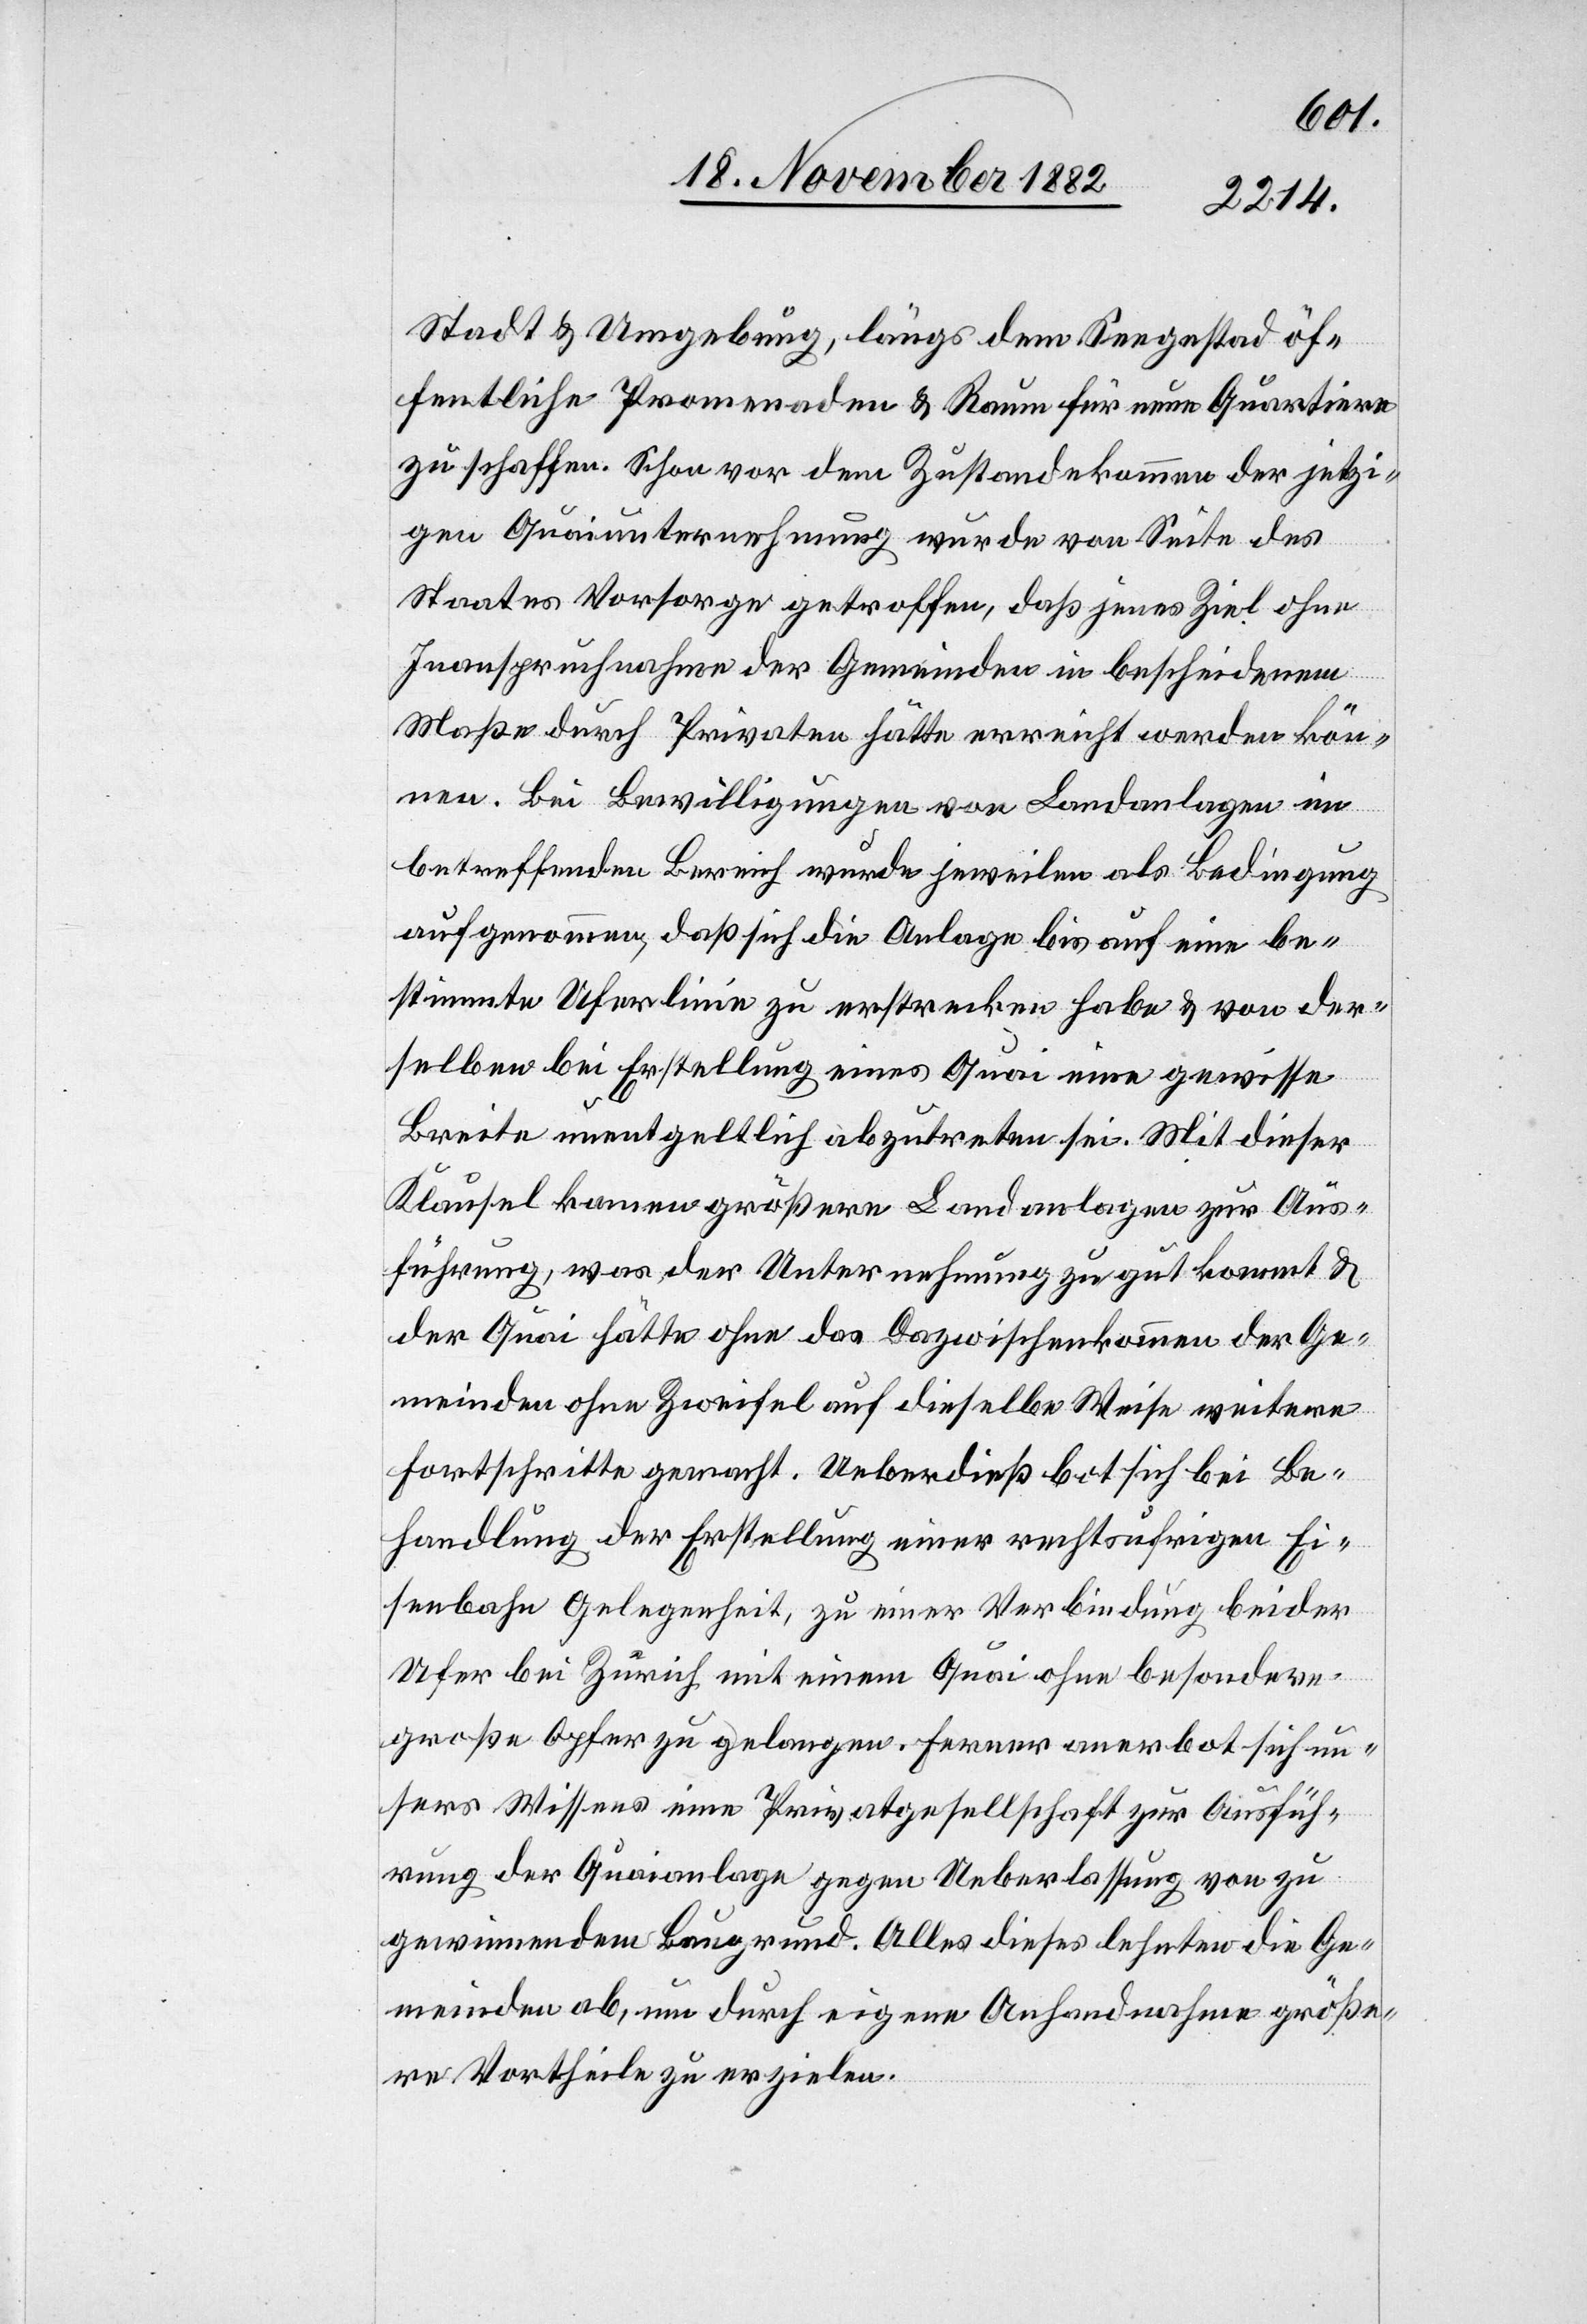
Stadt & Umgebung, längs dem Seegestad öf¬
fentliche Promenaden & Raum für neue Quartiere
zu schaffen. Schon vor dem Zustandekommen der jetzi¬
gen Quaiunternehmung wurde von Seite des
Staates Vorsorge getroffen, daß jenes Ziel ohne
Inanspruchnahme der Gemeinden in bescheidenem
Maße durch Privaten [sic!] hätte erreicht werden kön¬
nen. Bei Bewilligungen von Landanlagen im
betreffenden Bereich wurde jeweilen als Bedingung
aufgenommen, daß sich die Anlage bis auf eine be¬
stimmte Uferlinie zu erstrecken habe & von der¬
selben bei Erstellung eines Quai eine gewisse
Breite unentgeltlich abzutreten sei. Mit dieser
Klausel kamen größere Landanlagen zur Aus¬
führung, was der Unternehmung zu gut kommt &
der Quai hätte ohne das Dazwischenkommen der Ge¬
meinden ohne Zweifel auf dieselbe Weise weitere
Fortschritte gemacht. Ueberdieß bot sich bei Be¬
handlung der Erstellung einer rechtsufrigen Ei¬
senbahn Gelegenheit, zu einer Verbindung beider
Ufer bei Zürich mit einem Quai ohne besondere
große Opfer zu gelangen. Ferner anerbot sich un¬
sers Wissen eine Privatgesellschaft zur Ausfüh¬
rung der Quaianlage gegen Ueberlassung von zu
gewinnendem Baugrund. Alles dieses lehnten die Ge¬
meinden ab, um durch eigene Anhandnahme größe¬
re Vortheile zu erzielen.